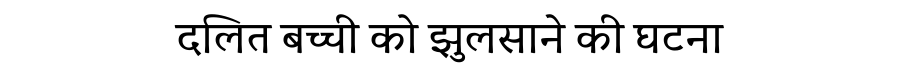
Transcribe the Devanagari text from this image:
दलित बच्ची को झुलसाने की घटना